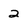
Character: 2